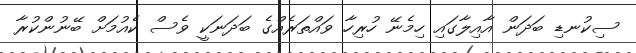
ސިކުނޑި ބަދަން އާއިލާގައި ހިމެނޭ ހުރިހާ ވައްތަރެއްގެ ބަދަނަކީ ވެސް ކެއުމަށް ބޭނުންކުރާ